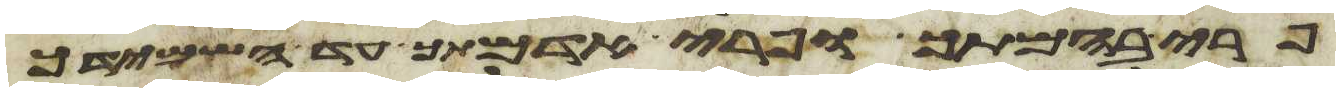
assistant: פרי בהמתך ופרי אדמתך עד השמידך